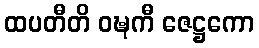
ထပတီတိ ဝဍ္ဎကီ ဇေဋ္ဌကော